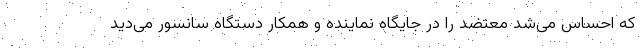
که احساس می‌شد معتضد را در جایگاه نماینده و همکار دستگاه سانسور می‌دید